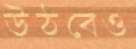
উঠবেও